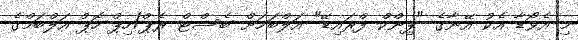
މި އެވޯޑާ އެކު އޭނާގެ "ޕިންކް ފްރައިޑޭ" އަލްބަމަށް ބެސްޓް ރެޕް/ހިޕް-ހޮޕް އަލްބަމްގެ